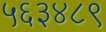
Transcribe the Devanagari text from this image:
५६३४८९